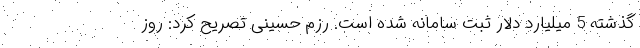
گذشته 5 میلیارد دلار ثبت سامانه شده است. رزم حسینی تصریح کرد: روز